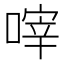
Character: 𠹼